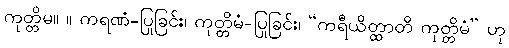
ကုတ္တိမ။ ။ ကရဏံ-ပြုခြင်း၊ ကုတ္တိမံ-ပြုခြင်း၊ “ကရီယိတ္ထာတိ ကုတ္တိမံ” ဟု